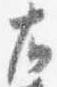
右